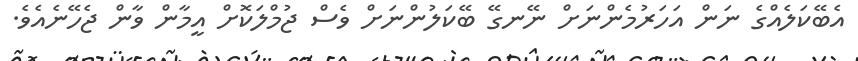
އެބޭކަލެއްގެ ނަން އަހަރުމެންނަށް ނޭނގޭ ބޭކަލުންނަށް ވެސް ޖުމްލަކޮށް އީމާން ވާން ޖެހޭނެއެވެ.